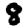
Digit: 8